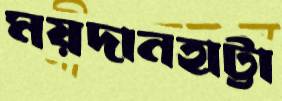
ময়দানহাট্টা